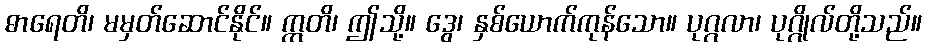
ဓာရေတိ၊ မမှတ်ဆောင်နိုင်။ ဣတိ၊ ဤသို့။ ဒွေ၊ နှစ်ယောက်ကုန်သော။ ပုဂ္ဂလာ၊ ပုဂ္ဂိုလ်တို့သည်။